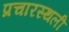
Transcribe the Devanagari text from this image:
प्रचारस्‍थली